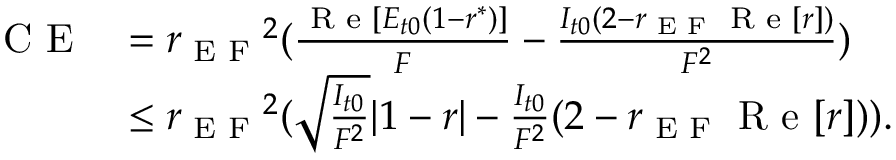
\begin{array} { r l } { \textrm { C E } } & { = { r _ { \textrm { E F } } } ^ { 2 } ( \frac { \textrm { R e } [ E _ { t 0 } ( 1 - r ^ { * } ) ] } { F } - \frac { I _ { t 0 } ( 2 - r _ { \textrm { E F } } \textrm { R e } [ r ] ) } { F ^ { 2 } } ) } \\ & { \leq { r _ { \textrm { E F } } } ^ { 2 } ( \sqrt { \frac { I _ { t 0 } } { F ^ { 2 } } } | 1 - r | - \frac { I _ { t 0 } } { F ^ { 2 } } ( 2 - r _ { \textrm { E F } } \textrm { R e } [ r ] ) ) . } \end{array}